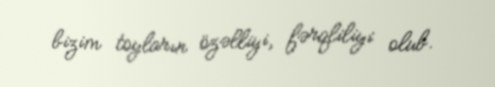
bizim toyların özəlliyi, fərqliliyi olub.